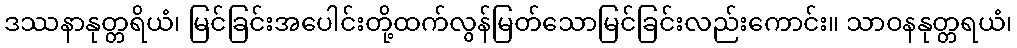
ဒဿနာနုတ္တရိယံ၊ မြင်ခြင်းအပေါင်းတို့ထက်လွန်မြတ်သောမြင်ခြင်းလည်းကောင်း။ သာဝနနုတ္တရယံ၊